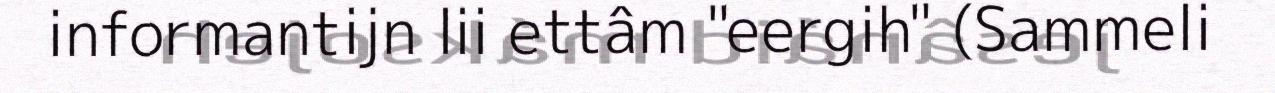
informantijn lii ettâm "eergih" (Sammeli